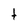
Character: t